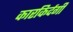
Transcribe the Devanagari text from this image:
कारकिर्दगी